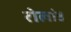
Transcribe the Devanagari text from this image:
रोलांड